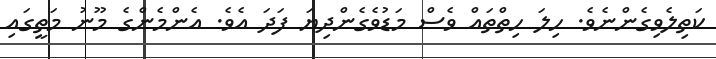
ކަތިލެވިގެންނެވެ. ހިލަ ހިތްތައް ވެސް މަޑުވެގެންދިޔަ ފަދަ އެވެ. އެންމެންގެ މޫނު މަތީގައި